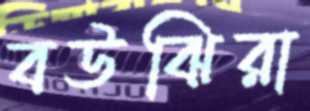
বউঝিরা